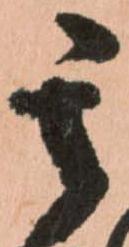
其